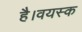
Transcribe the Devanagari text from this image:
है।वयस्क